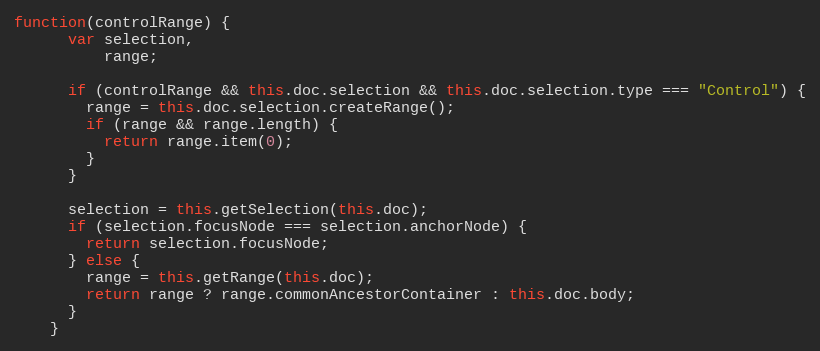
Language: JavaScript
function(controlRange) {
      var selection,
          range;

      if (controlRange && this.doc.selection && this.doc.selection.type === "Control") {
        range = this.doc.selection.createRange();
        if (range && range.length) {
          return range.item(0);
        }
      }

      selection = this.getSelection(this.doc);
      if (selection.focusNode === selection.anchorNode) {
        return selection.focusNode;
      } else {
        range = this.getRange(this.doc);
        return range ? range.commonAncestorContainer : this.doc.body;
      }
    }